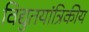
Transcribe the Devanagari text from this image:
विद्युतयांत्रिकीय